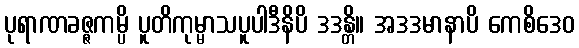
ပုရာဏခဇ္ဇကမ္ပိ ပူတိကုမ္မာသပူပါဒီနိပိ ဒဒန္တိ။ အဒဒမာနာပိ ကေစိဒေဝ